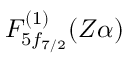
F _ { 5 f _ { 7 / 2 } } ^ { ( 1 ) } ( Z \alpha )